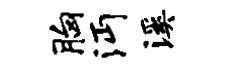
胸沔溪